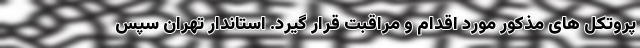
پروتکل های مذکور مورد اقدام و مراقبت قرار گیرد. استاندار تهران سپس